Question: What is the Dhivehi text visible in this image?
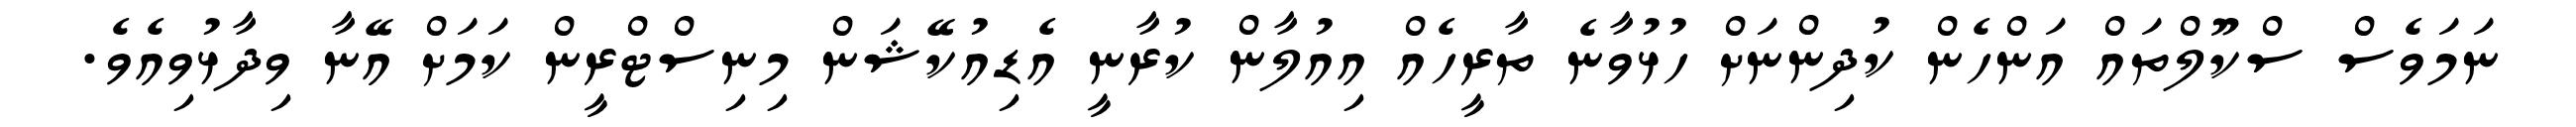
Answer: ނަމަވެސް ސްކޫލްތައް އަންހެން ކުދިންނަށް ހުޅުވާނެ ތާރީހެއް އިއުލާން ކުރާނީ އެޑިއުކޭޝަން މިނިސްޓްރީން ކަމަށް އޭނާ ވިދާޅުވިއެވެ.